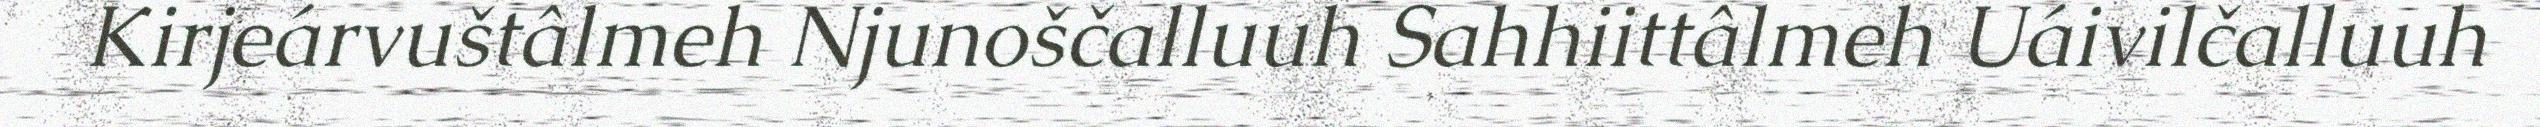
Kirjeárvuštâlmeh Njunoščalluuh Sahhiittâlmeh Uáivilčalluuh